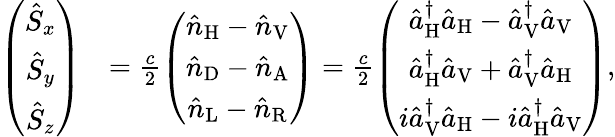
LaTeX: \begin{array}{rl}{\left(\begin{array}{c}{\hat{S}_{x}}\\ {\hat{S}_{y}}\\ {\hat{S}_{z}}\end{array}\right)}&{=\frac{c}{2}\left(\begin{array}{c}{\hat{n}_{\mathrm{H}}-\hat{n}_{\mathrm{V}}}\\ {\hat{n}_{\mathrm{D}}-\hat{n}_{\mathrm{A}}}\\ {\hat{n}_{\mathrm{L}}-\hat{n}_{\mathrm{R}}}\end{array}\right)=\frac{c}{2}\left(\begin{array}{c}{\hat{a}_{\mathrm{H}}^{\dagger}\hat{a}_{\mathrm{H}}-\hat{a}_{\mathrm{V}}^{\dagger}\hat{a}_{\mathrm{V}}}\\ {\hat{a}_{\mathrm{H}}^{\dagger}\hat{a}_{\mathrm{V}}+\hat{a}_{\mathrm{V}}^{\dagger}\hat{a}_{\mathrm{H}}}\\ {i\hat{a}_{\mathrm{V}}^{\dagger}\hat{a}_{\mathrm{H}}-i\hat{a}_{\mathrm{H}}^{\dagger}\hat{a}_{\mathrm{V}}}\end{array}\right),}\end{array}